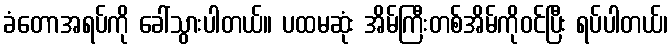
ခံတောအရပ်ကို ခေါ်သွားပါတယ်။ ပထမဆုံး အိမ်ကြီးတစ်အိမ်ကိုဝင်ပြီး ရပ်ပါတယ်၊